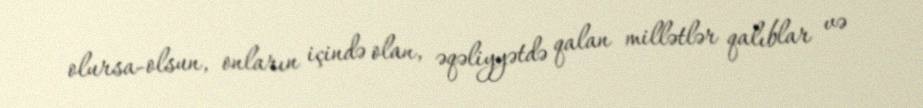
olursa-olsun, onların içində olan, əqəliyyətdə qalan millətlər qalıblar və